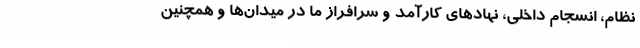
نظام، انسجام داخلی، نهادهای کارآمد و سرافراز ما در میدان‌ها و همچنین